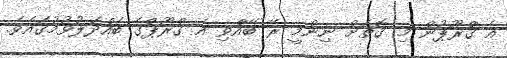
އެ ގްރޫޕުން މި ގޮތަށް ނިންމީ ރޭ ބޭއްވި އެ ގްރޫޕްގެ ބައްދަލުވުމުގައެވެ.